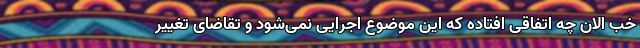
خب الان چه اتفاقی افتاده که این موضوع اجرایی نمی‌شود و تقاضای تغییر